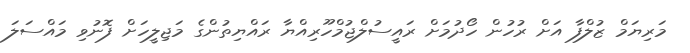
މަރިޔަމް ޒުލްފާ އަށް ރުހުން ހޯދުމަށް ރައީސުލްޖުމްހޫރިއްޔާ ރައްޔިތުންގެ މަޖިލީހަށް ފޮނުވި މައްސަލަ